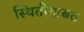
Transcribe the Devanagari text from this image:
स्थितीबाबत